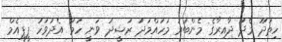
ހިތަދޫ މެދު ދާއިރާގެ މެންބަރު މުހައްމަދު ރަޝީދު ވަނީ ހަމަ އެދުވަހު ޕީޕީއެމް